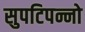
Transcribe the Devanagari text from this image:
सुपटिपन्नो